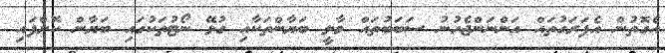
އެގޮތުން އެފަރަގުތައް އަންނަންޖެހުނު ސަބަބުތައް މާލީ ބަޔާންތަކާއި ގުޅޭ ނޯޓުތަކުގައި ބަޔާން ކޮށްފައި